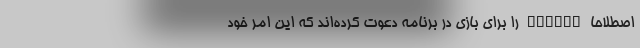
اصطلاحا Player را برای بازی در برنامه‌ دعوت کرده‌اند که این امر خود